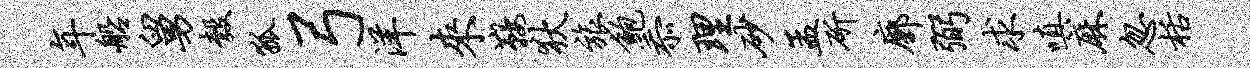
年船舅彀狐弓洋来鞍狄旅鲍忝理砂孟斫廓弼求嗔麻忽栝